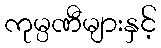
ကုမ္ပဏီများနှင့်